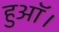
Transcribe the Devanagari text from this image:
हुऑ।